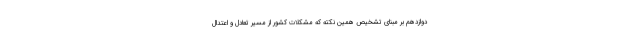
دوازدهم بر مبنای تشخیص همین نکته که مشکلات کشور از مسیر تعادل و اعتدال